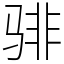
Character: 𬴂